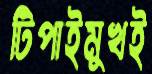
টিপাইমুখই